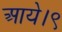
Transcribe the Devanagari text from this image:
आये।९